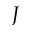
J